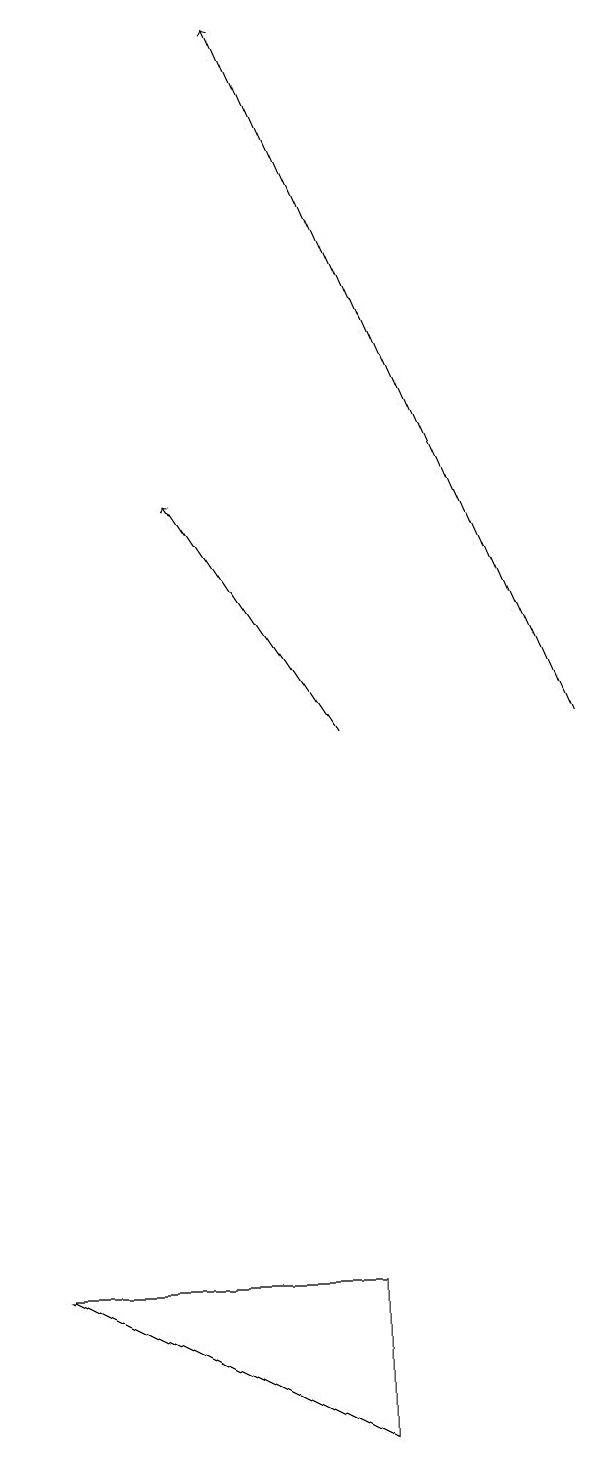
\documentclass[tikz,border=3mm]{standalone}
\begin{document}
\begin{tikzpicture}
\draw[->] (9,10) -- (5,19);
\draw (6,1) -- (2,3) -- (6,3) -- cycle;
\draw[->] (6,10) -- (4,13);
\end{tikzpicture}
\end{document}